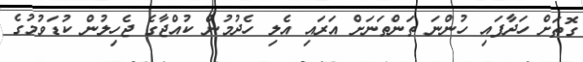
ގޮތަށް ހަދާފައި ހުންނަ ތަންތަނަށް އަރައި އެލި ހެދުމުން ކުއްޖާގެ ޖެހިލުން ކުޑަވުމުގެ